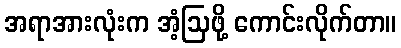
အရာအားလုံးက အံ့ဩဖို့ ကောင်းလိုက်တာ။